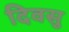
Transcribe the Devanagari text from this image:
दिवसु